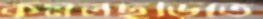
কমলছড়িতে